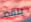
ينقط